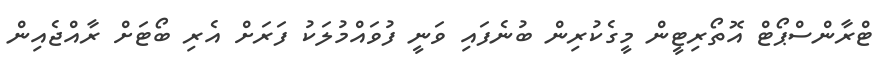
ޓްރާންސްޕޯޓް އޮތޯރިޓީން މީގެކުރިން ބުނެފައި ވަނީ ފުވައްމުލަކު ފަރަށް އެރި ބޯޓަށް ރާއްޖެއިން